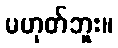
မဟုတ်ဘူး။